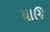
ચાઊ